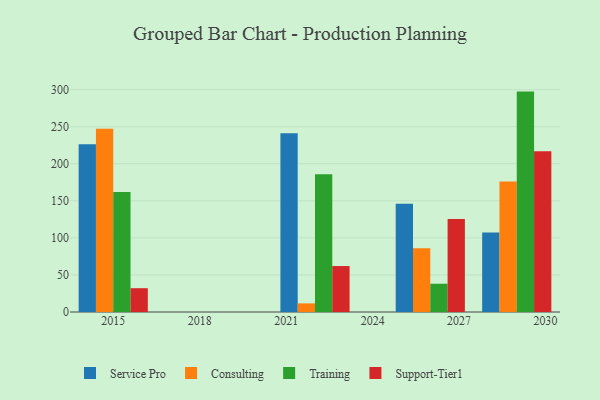
{"axis": {"x": "Year", "y": "Humidity (%)"}, "legend": ["Consulting", "Service Pro", "Support-Tier1", "Training"], "data": [{"x": "2026", "y": 146.0, "type": "Service Pro"}, {"x": "2026", "y": 86.1, "type": "Consulting"}, {"x": "2026", "y": 38.1, "type": "Training"}, {"x": "2026", "y": 125.5, "type": "Support-Tier1"}, {"x": "2022", "y": 241.0, "type": "Service Pro"}, {"x": "2022", "y": 11.6, "type": "Consulting"}, {"x": "2022", "y": 185.9, "type": "Training"}, {"x": "2022", "y": 62.0, "type": "Support-Tier1"}, {"x": "2015", "y": 226.3, "type": "Service Pro"}, {"x": "2015", "y": 247.3, "type": "Consulting"}, {"x": "2015", "y": 162.0, "type": "Training"}, {"x": "2015", "y": 32.1, "type": "Support-Tier1"}, {"x": "2029", "y": 107.3, "type": "Service Pro"}, {"x": "2029", "y": 176.2, "type": "Consulting"}, {"x": "2029", "y": 297.3, "type": "Training"}, {"x": "2029", "y": 216.9, "type": "Support-Tier1"}]}